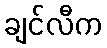
ချင်လီက